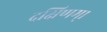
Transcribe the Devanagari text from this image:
दक्षिणम्।